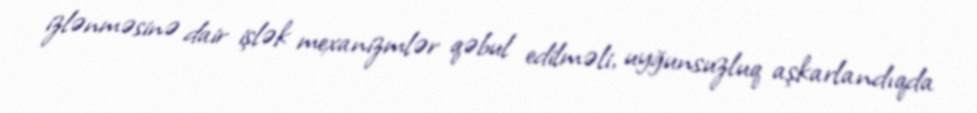
izlənməsinə dair işlək mexanizmlər qəbul edilməli, uyğunsuzluq aşkarlandıqda